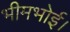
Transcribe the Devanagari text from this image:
भीमभोई।